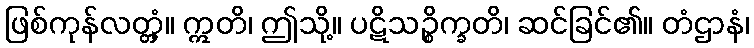
ဖြစ်ကုန်လတ္တံ့။ ဣတိ၊ ဤသို့။ ပဋိသဉ္စိက္ခတိ၊ ဆင်ခြင်၏။ တံဌာနံ၊